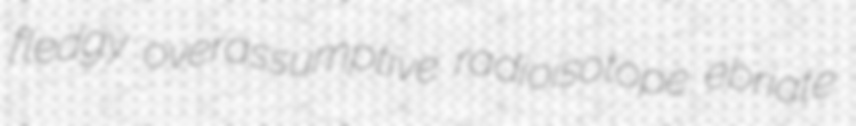
fledgy overassumptive radioisotope ebriate